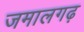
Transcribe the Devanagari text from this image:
जमालगढ़